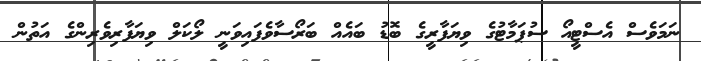
ނަމަވެސް އެސްޓީއޯ ސުޕަމާޓުގެ ވިޔަފާރީގެ ބޮޑު ބައެއް ބަރޯސާވެފައިވަނީ ލޯކަލް ވިޔަފާރިވެރިންގެ އަތުން